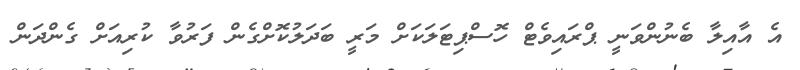
އެ އާއިލާ ބެނުންވަނީ ޕްރައިވެޓް ހޮސްޕިޓަލަކަށް މަރީ ބަދަލުކޮށްގެން ފަރުވާ ކުރިއަށް ގެންދަން